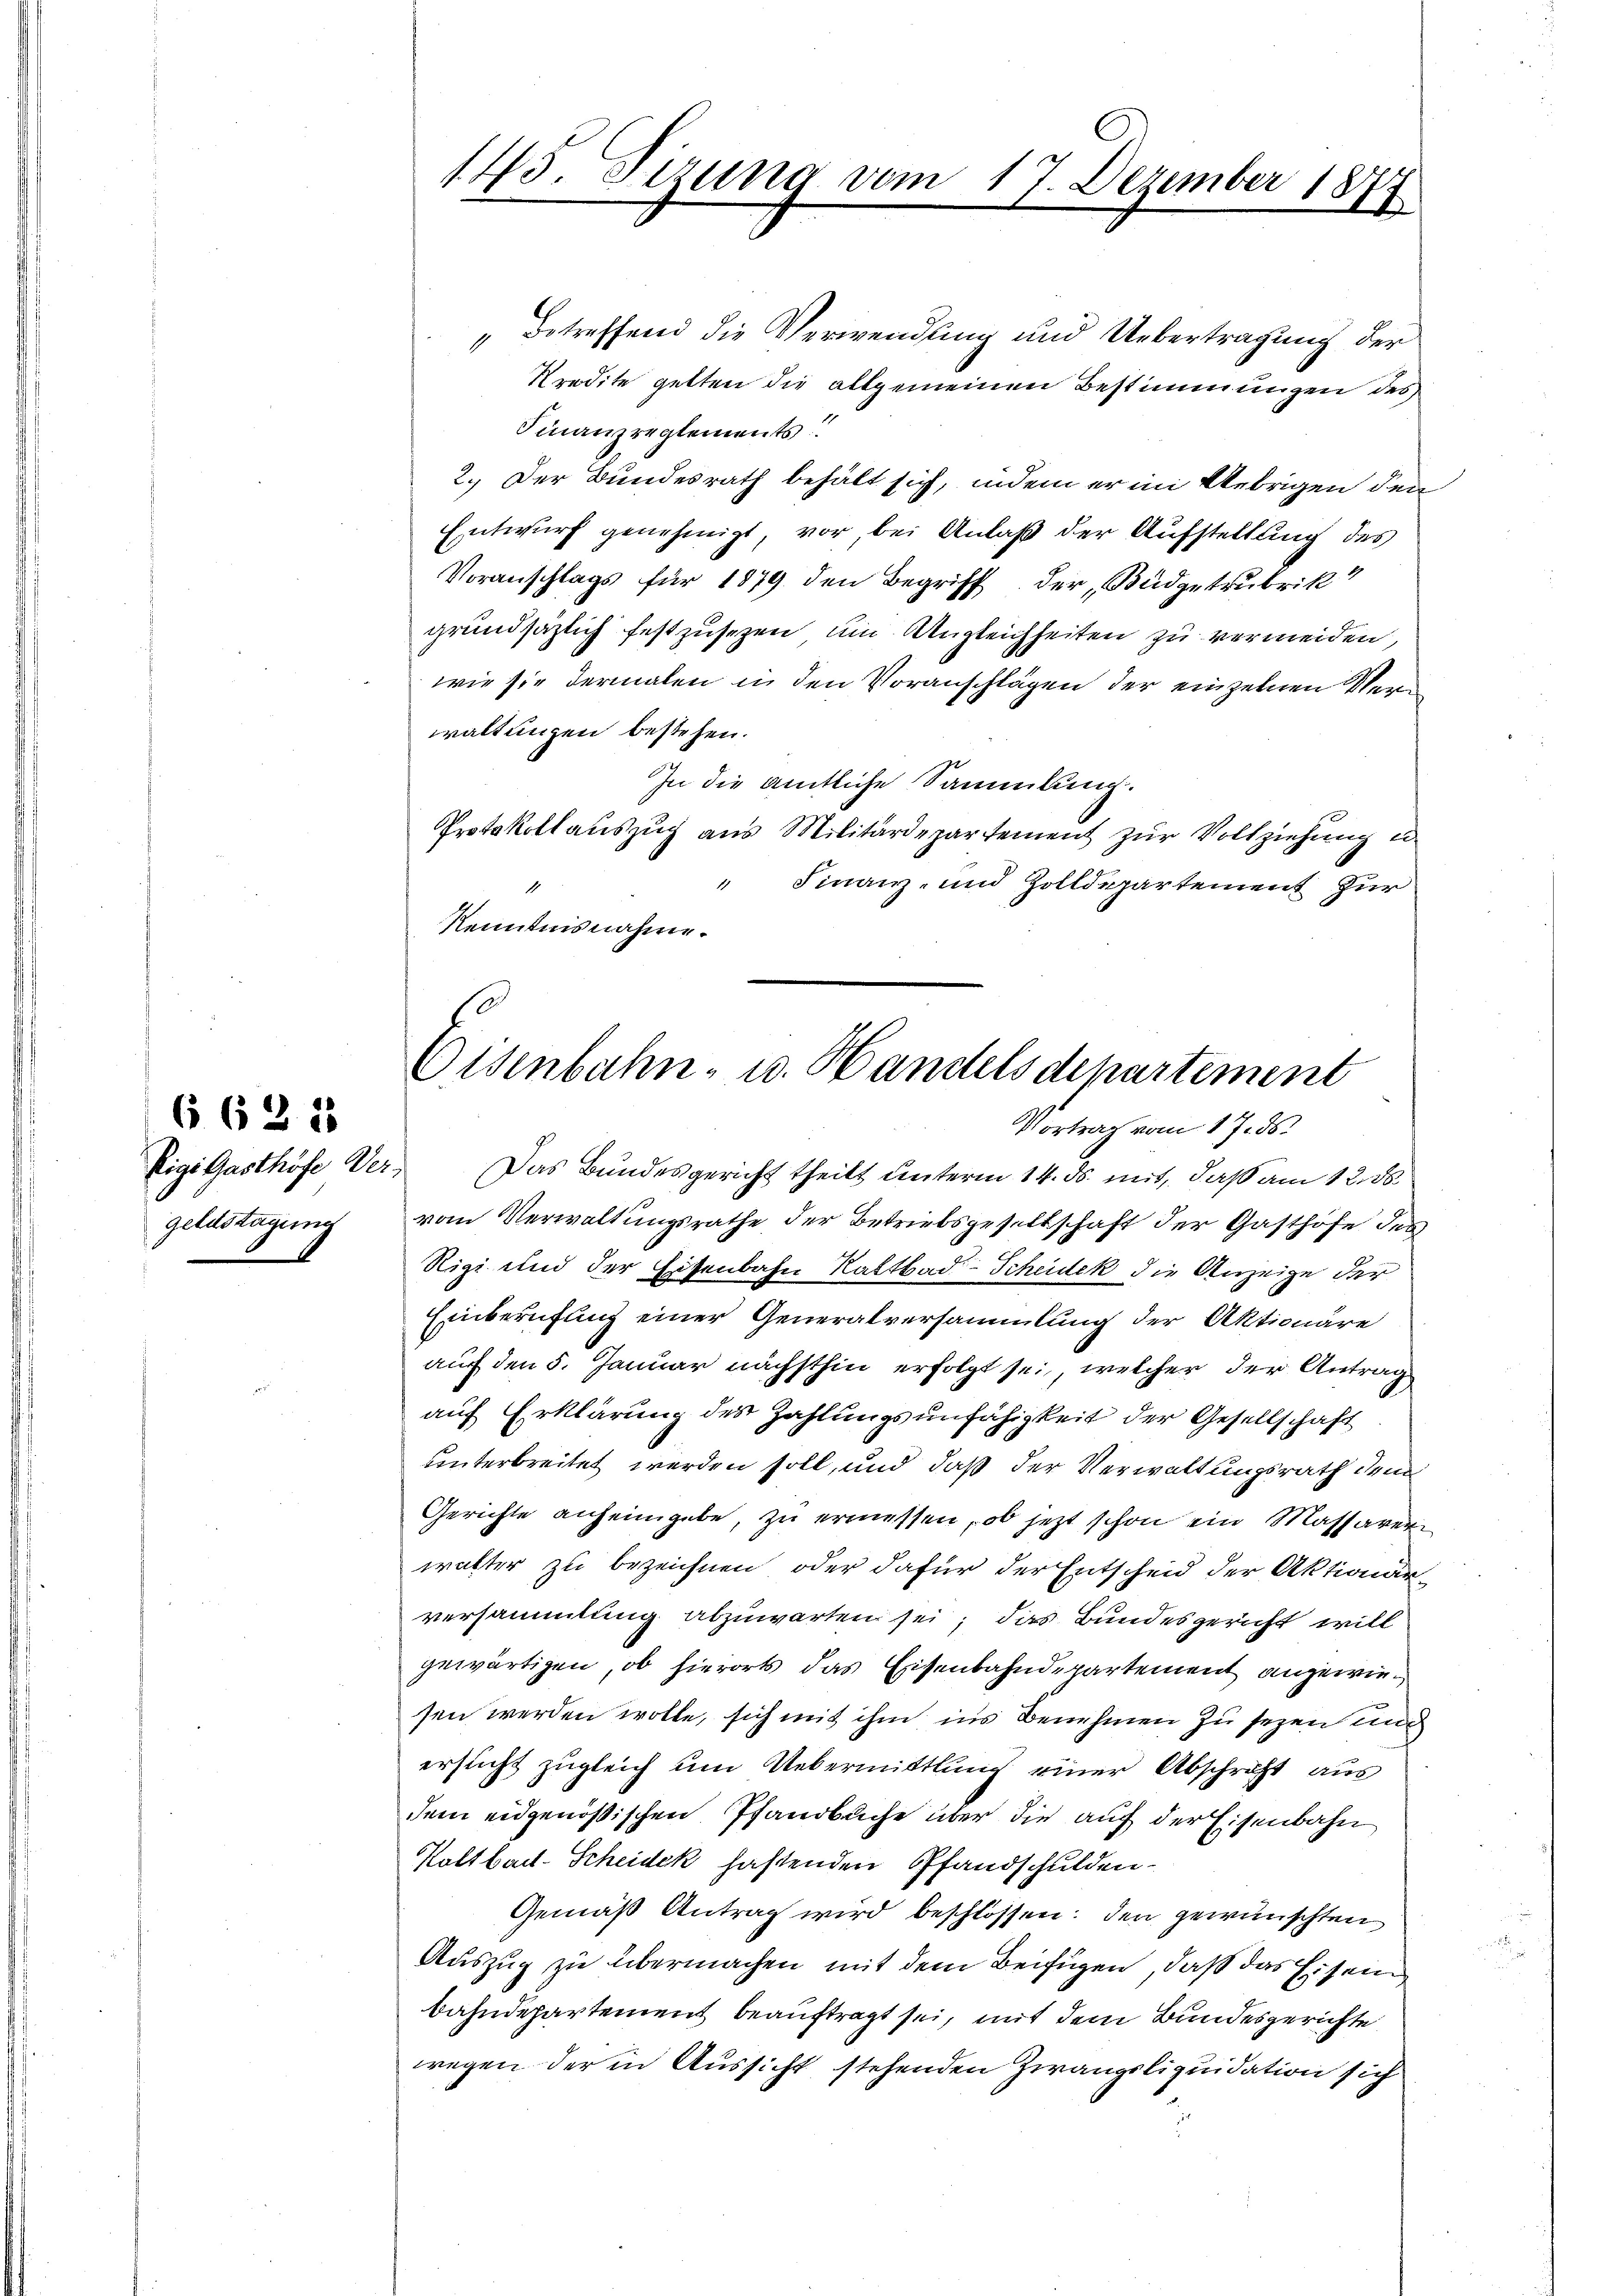
662 18
Rigi Gasthöfe Vergeldstagung

„Betreffend die Verwendung und Uebertragung der
Kredite gelten die allgemeinen Bestimmungen des
Finanzreglements!!
2.) Der Bundesrath behält sich, indem er in Uebrigen den
Entwurf genehmigt, vor bei Anlaß der Aufstellung des
Voranschlags für 1879. den Begriff der „Budgetrubrik
grundsätzlich festzusetzen, um Angleichheiten zu vermeiden,
wie sie dermalen in den Voranschlägen der einzelnen Verwaltungen bestehen.
In die amtliche Sammlung.
Protokollauszug aus Militärdepartement zur Vollziehung in
" Finanz- und Zolldepartement zur
Kenntnisnahme.

145. Sizung vom

17. Dezember 1877

Eisenbahn- u. Handelsdepartement
Vortrag vom 17. ds.

Das Bundesgericht theilt unterm 14. ds. mit, daß am 12. ds.
vom Verwaltungsrathe der Betriebsgesellschaft der Gasthöfe des
Rigi und der Eisenbahn Kaltbad-Scheidek die Anzeige der
Einberufung einer Generalversammlung der Aktionäre
auf den 5. Januar nächsthin erfolgt sei, welcher der Antrag
auf Erklärung des Zahlungsunfähigkeit der Gesellschaft
unterbreitet werden soll, und daß der Verwaltungsrath den
Gerichte anheimgebe, zu ermessen, ob jetzt schon ein Massaverwalter zu bezeichnen, oder dafür der Entscheid der Aktionär
versammlung abzuwarten sei; das Bundesgericht will
gewärtigen, ob hierorts das Eisenbahndepartement angewiesen werden wolle, sich mit ihm ins Benehmen zu sezen und
ersucht zugleich um Uebermittlung einer Abschrift aus
dem eidgenößischen Pfandbuche über die auf der Eisenbahn
Kaltbar-Scheidek haftenden Pfandschulden¬
Gemäß Antrag wird beschlossen: den gewünschten
Auszug zu übermachen mit dem Beifügen, daß das Eisein
bahndepartement beauftragt sei, mit dem Bundesgerichte
wegen der in Aussicht stehenden Zwangsliquidation sich